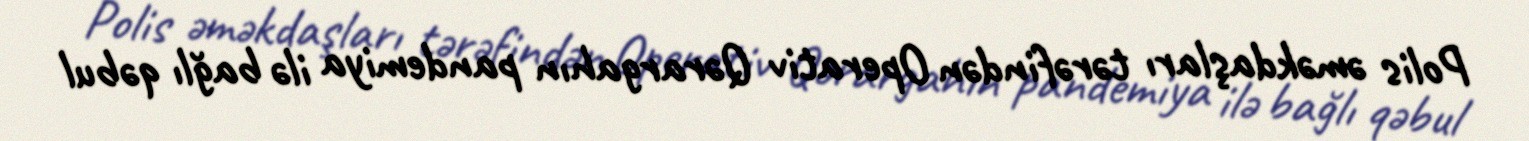
Polis əməkdaşları tərəfindən Operativ Qərargahın pandemiya ilə bağlı qəbul